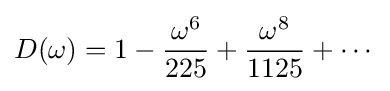
D(\omega )=1-{\frac {\omega ^{6}}{225}}+{\frac {\omega ^{8}}{1125}}+\cdots